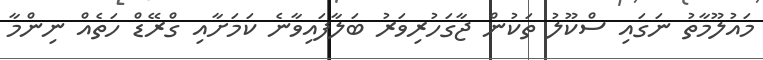
މައުލޫމާތު ނަގައި ސްކޫލު ތަކުން ޖާގަހުރިވަރު ބަލާފައިވާނެ ކަމަށާއި ގްރޭޑް ހަތެއް ނިންމާ